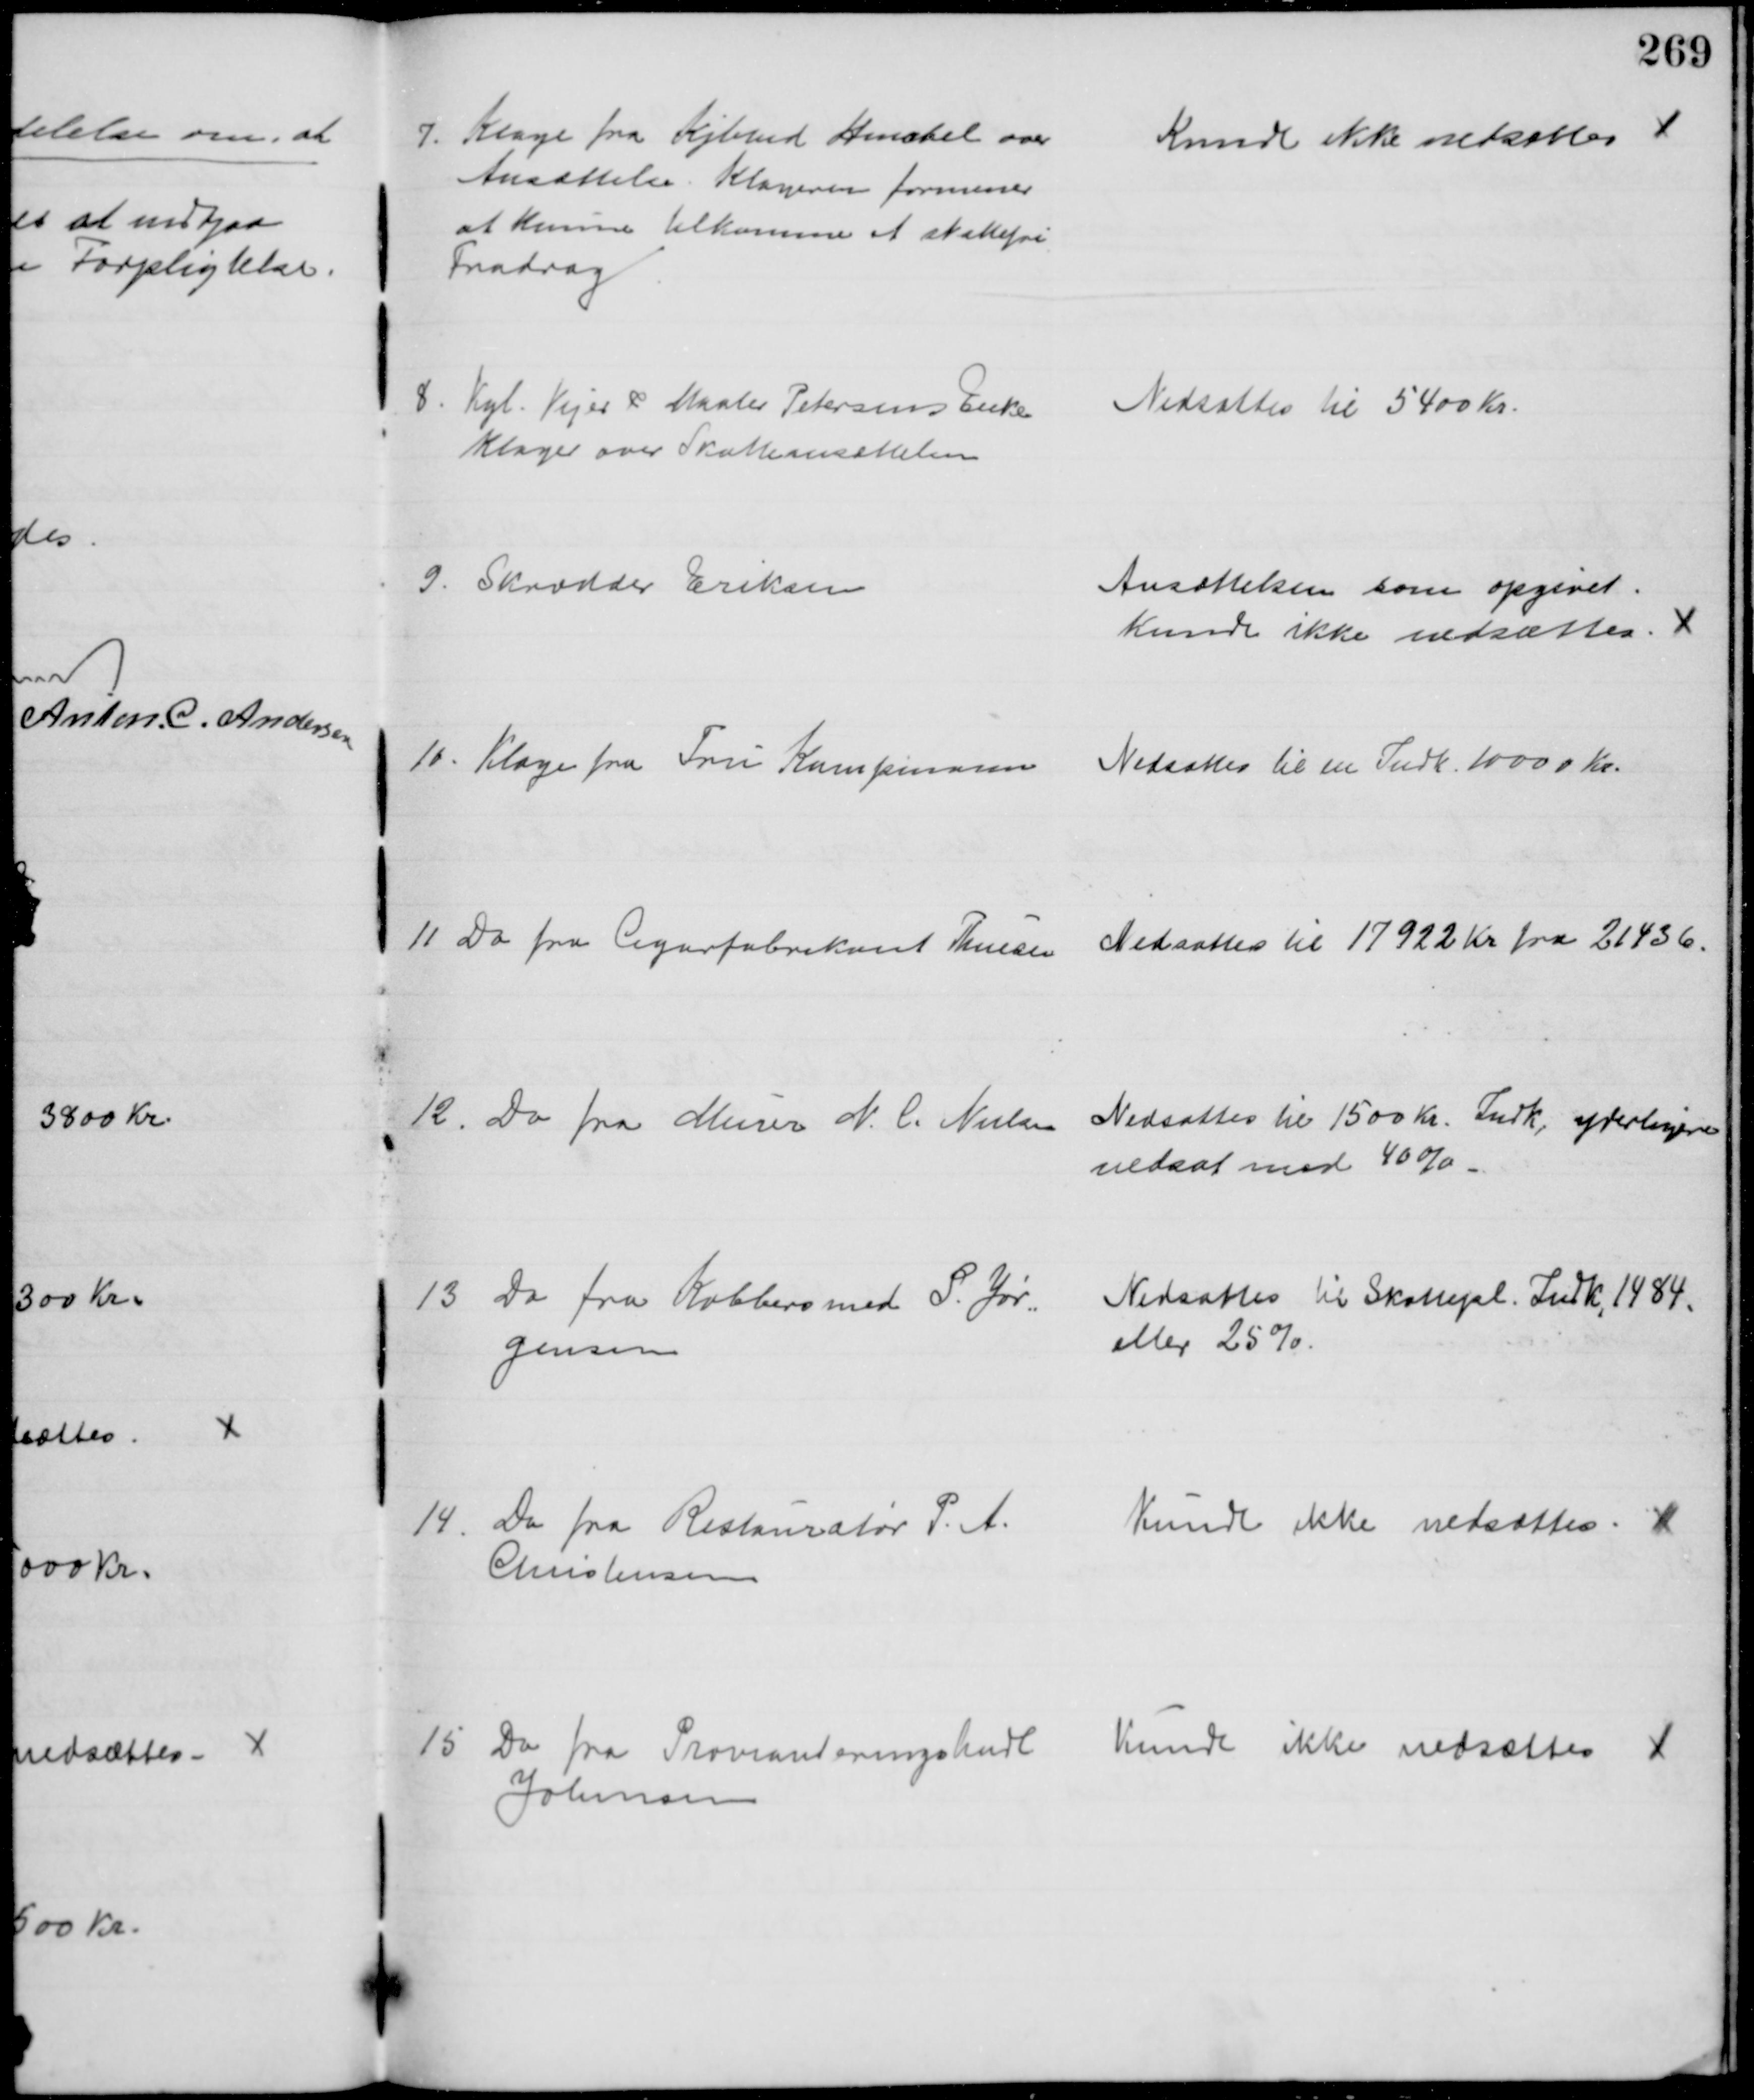
Transskription:
7. Klage fra Kjbmd Henckel over 
Ansættelse. Klageren formener
at kunne tilkomme et skattefri
Fradrag
Kunde ikke nedsættes 
8. Kgl. Vejer & Maaler Petersens Enke
klager over Skatteansættelsen
Nedsattes til 5400 Kr.
9. Skrædder Eriksen
Ansættelsen som opgivet.
Kunde ikke nedsættes
10. Klage fra Fru Kampmann 
Nedsattes til en Indk. 10000 Kr.
11. Do fra Cigarfabrikant Thuesen 
Nedsattes til 17922 Kr fra 21436.
12. Do fra Murer N. C. Nielsen
Nedsattes til 1500 Kr. Indk, yderligere
nedsat med 40 %
13. Do fra Kobbersmed P. Jør=
gensen
Nedsattes til Skattepl. Indk. 1484.
eller 25 %.
14. Do fra Restauratør P. A.
Christensen
Kunde ikke nedsættes
15. Do fra Provianteringshndl
Johnsen
Kunde ikke nedsættes